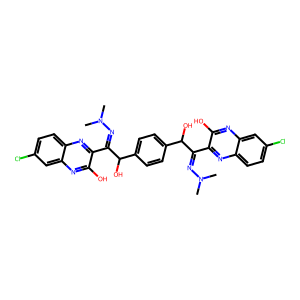
SMILES: CN(C)N=C(c1nc2ccc(Cl)cc2nc1O)C(O)c1ccc(C(O)C(=NN(C)C)c2nc3ccc(Cl)cc3nc2O)cc1
Inhibits HIV replication: No